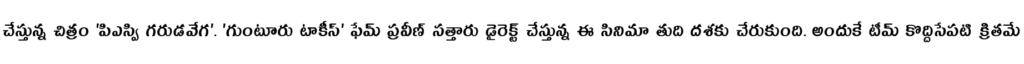
చేస్తున్న చిత్రం 'పిఎస్వి గరుడవేగ'. 'గుంటూరు టాకీస్' ఫేమ్ ప్రవీణ్ సత్తారు డైరెక్ట్ చేస్తున్న ఈ సినిమా తుది దశకు చేరుకుంది. అందుకే టీమ్ కొద్దిసేపటి క్రితమే